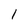
Character: l